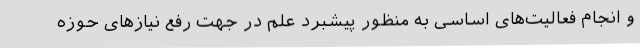
و انجام فعالیت‌های اساسی به منظور پیشبرد علم در جهت رفع نیازهای حوزه